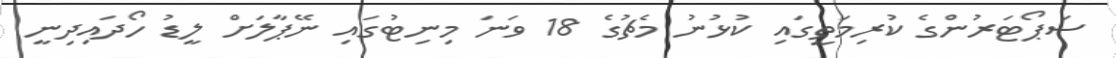
ސަޕޯޓަރުންގެ ކުރިމަތީގައި ކުޅުނު މެޗުގެ 18 ވަނަ މިނިޓުގައި ނޭޕާލަށް ލީޑު ހޯދައިދިނީ